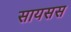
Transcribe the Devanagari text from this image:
सायसस